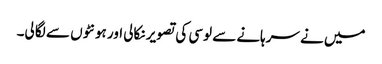
میں نے سرہانے سے لوسی کی تصویر نکالی اور ہونٹوں سے لگا لی۔